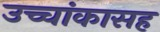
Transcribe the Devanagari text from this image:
उच्चांकासह